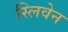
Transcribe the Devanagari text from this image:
स्लिवेन